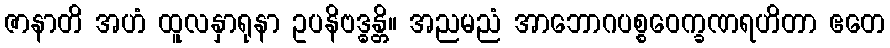
ဇာနာတိ အဟံ ထူလနှာရုနာ ဥပနိဗဒ္ဓန္တိ။ အညမညံ အာဘောဂပစ္စဝေက္ခဏရဟိတာ ဧတေ